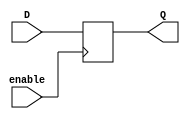
module enable_latch (
    input D,
    input enable,
    output reg Q
);

always @(posedge enable) begin
    if (enable) begin
        Q <= D;
    end
end

endmodule